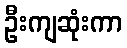
ဦးကျဆုံးကာ